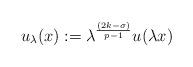
LaTeX: \begin{align*}u_{\lambda}(x) := \lambda^{\frac{(2k - \sigma)}{{p-1}}}u(\lambda x)\end{align*}